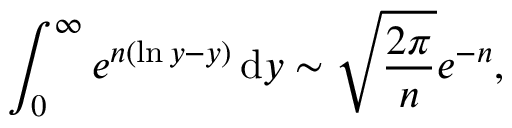
\int _ { 0 } ^ { \infty } e ^ { n ( \ln y - y ) } \, \mathrm { { d } } y \sim { \sqrt { \frac { 2 \pi } { n } } } e ^ { - n } ,